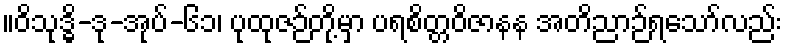
။ဝိသုဒ္ဓိ-ဒု-အုပ်-၆၁၊ ပုထုဇဉ်တို့မှာ ပရစိတ္တဝိဇာနန အတိညာဉ်ရသော်လည်း